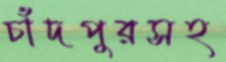
চাঁদপুরসহ